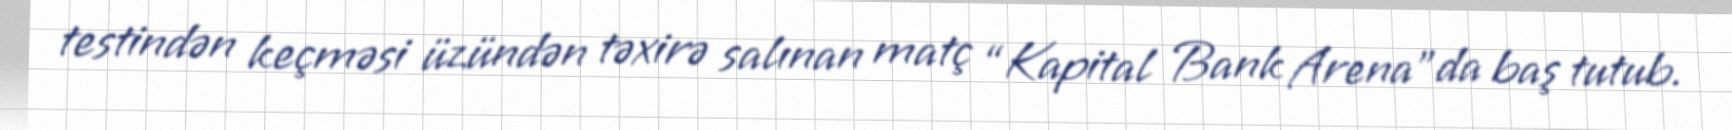
testindən keçməsi üzündən təxirə salınan matç “Kapital Bank Arena”da baş tutub.